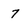
Character: 7